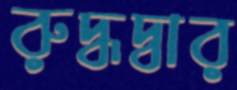
রুদ্ধদ্বার